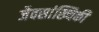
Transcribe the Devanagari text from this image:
जैवसांख्यिकी